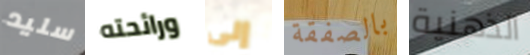
سليد ورائحته إلى بالصفقة الذهنية